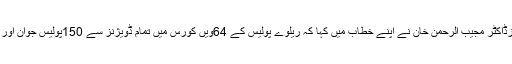
قبل ازیں تقریب میں آئی جی ریلویزڈاکٹر مجیب الرحمن خان نے اپنے خطاب میں کہا کہ ریلوے پولیس کے 64ویں کورس میں تمام ڈویژنز سے 150پولیس جوان اور 11خواتین پاس آؤٹ ہو رہے ہیں ۔